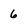
Character: 6